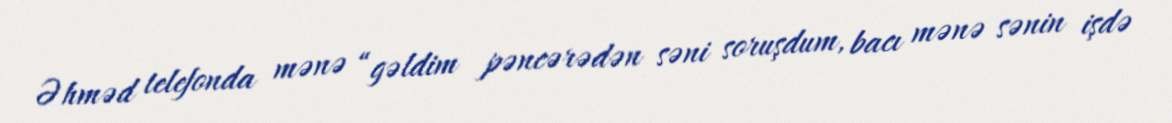
Əhməd telefonda mənə “gəldim pəncərədən səni soruşdum, bacı mənə sənin işdə